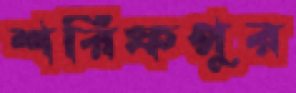
শরিফপুর